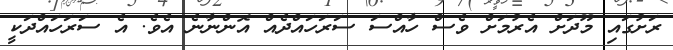
ރަށުގައި މޫދަށް އެރުމަށް ވެސް ހާއްސަ ސަރަހައްދެއް އޮންނާނެ އެވެ. އެ ސަރަހައްދަކީ